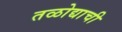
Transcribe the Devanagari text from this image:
तळोद्याची